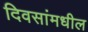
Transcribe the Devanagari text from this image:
दिवसांमधील